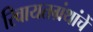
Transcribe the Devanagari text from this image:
रिवायतग्रंथांचें